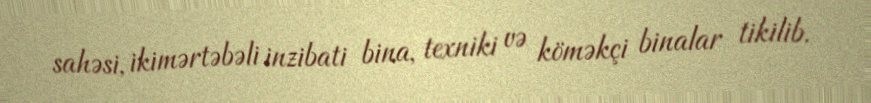
sahəsi, ikimərtəbəli inzibati bina, texniki və köməkçi binalar tikilib.